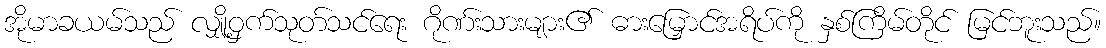
အိုမာခယမ်သည် လျှို့ဝှက်သုတ်သင်ရေး ဂိုဏ်းသားများ၏ ဓားမြှောင်အရိပ်ကို နှစ်ကြိမ်တိုင် မြင်ဘူးသည်။